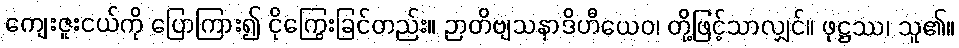
ကျေးဇူးငယ်ကို ပြောကြား၍ ငိုကြွေးခြင်တည်း။ ဉာတိဗျသနာဒိဟီယေဝ၊ တို့ဖြင့်သာလျှင်။ ဖုဋ္ဌဿ၊ သူ၏။